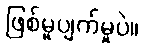
ဖြစ်မှုပျက်မှုပဲ။